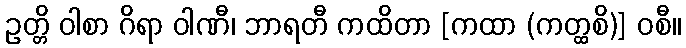
ဥတ္တိ ဝါစာ ဂိရာ ဝါဏီ၊ ဘာရတီ ကထိတာ [ကထာ (ကတ္ထစိ)] ဝစီ။